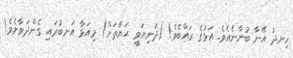
ހިނދު އޭނާ ބުނާނެއެވެ. އަޅުގެ ރައްބެވެ! (ދުނިޔަވީ ޙަޔާތަށް) މިއަޅާ އަނބުރައި ގެންދަވާށެވެ!